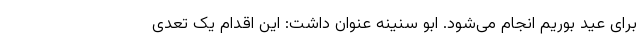
برای عید بوریم انجام می‌شود. ابو سنینه عنوان داشت: این اقدام یک تعدی